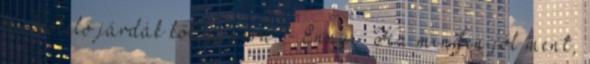
körbeölelő járdák kőlapjaira. - Ennyi. Ha minden jól ment,